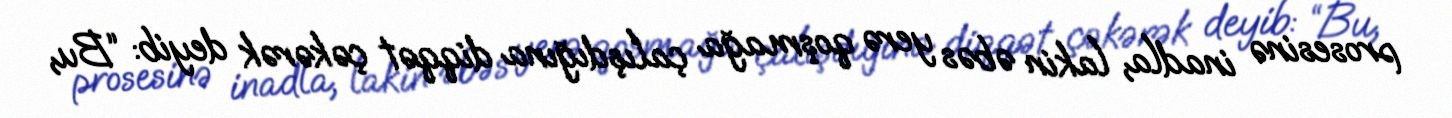
prosesinə inadla, lakin əbəs yerə qoşmağa çalışdığına diqqət çəkərək deyib: “Bu,